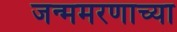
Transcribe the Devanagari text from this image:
जन्ममरणाच्या